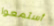
أستمعوا